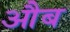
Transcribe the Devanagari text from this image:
औब